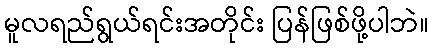
မူလရည်ရွယ်ရင်းအတိုင်း ပြန်ဖြစ်ဖို့ပါဘဲ။